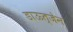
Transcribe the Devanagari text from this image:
डाऊत्जेन